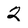
Character: 2